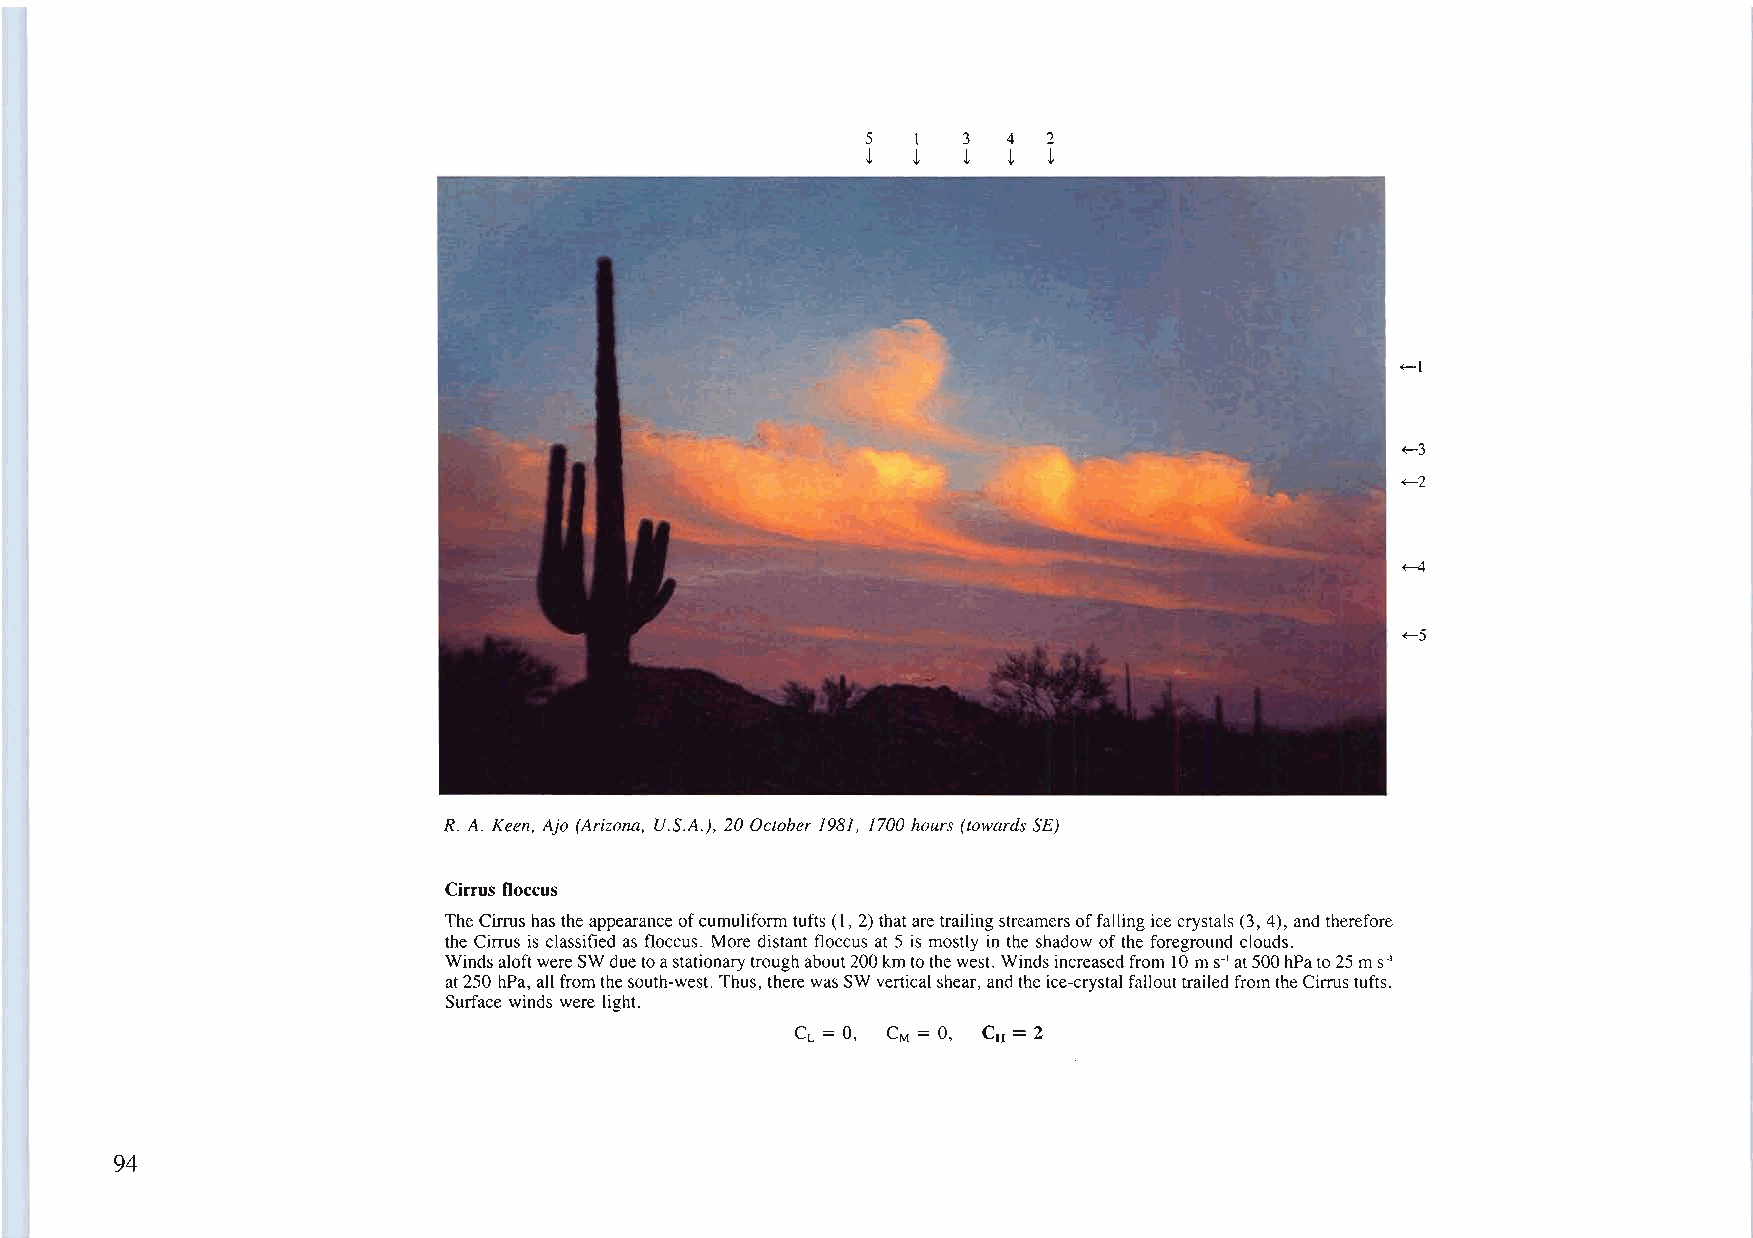
5  1   3  4 2
 t  t   t  t t
 ~I
 ~3
 ~2
 ~
 ~5
 R. A. Keen, Ajo (Arizona, U.S.A.), 20 October 1981, 1700 hours (towards SE)
 Cirrus floccus
 TheCirrushas theappearanceofcumuliforrntufts (I, 2)thataretrailingstreamersoffalling icecrystals(3, 4), and therefore
 the Cirrus is classified as floccus. More distant floccus at 5 is mostly in the shadow ofthe foreground clouds.
 WindsaloftwereSWduetoastationarytroughabout200kmtothewest. Windsincreasedfrom 10 mS-Iat500hPato25ms-I
 at250 hPa, allfromthesouth-west. Thus, therewasSWverticalshear, andthe ice-crystalfallouttrailedfrom theCirrustufts.
 Surface winds were light.
 CL = 0, CM = 0, CH =2
 94